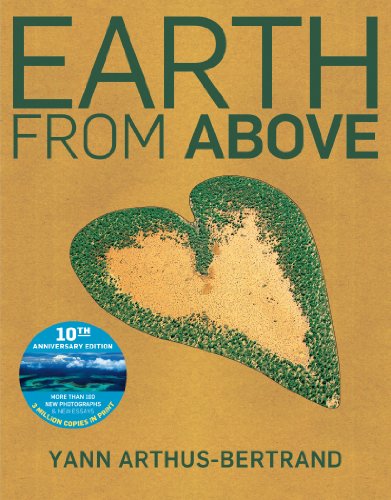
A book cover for Earth from Above Tenth Anniversary Edition; Yann Arthus-Bertrand; Arts & Photography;